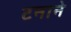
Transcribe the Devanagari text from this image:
टनाने